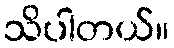
သိပါတယ်။